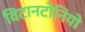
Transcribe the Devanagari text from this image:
विटानटोनियो